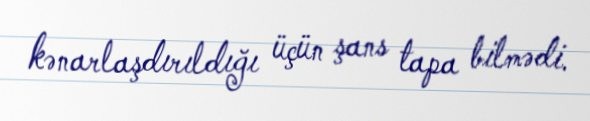
kənarlaşdırıldığı üçün şans tapa bilmədi.